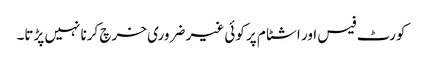
کورٹ فیس اور اشٹام پر کوئی غیر ضروری خرچ کرنا نہیں پڑتا۔